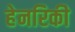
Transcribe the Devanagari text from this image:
हेनरिकी